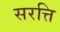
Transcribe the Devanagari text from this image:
सरत्ति